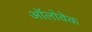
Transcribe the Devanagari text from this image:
ऑलोवेक